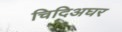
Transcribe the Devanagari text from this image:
चिदिअघर